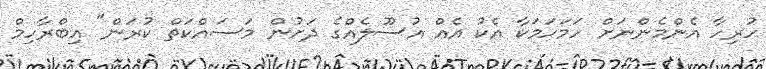
ހުރިހާ އެންމެންނަށް ހަމަހަމަކާ އެކު އެއް އުސޫލެއްގެ ދަށުން މަސައްކަތް ކުރަން" އިބްރާހިމް